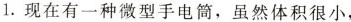
1.现在有一种微型手电筒，虽然体积很小，